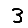
Digit: 3